Document type: Sale
Year: 1323
Scribe: Guillem Coscoll
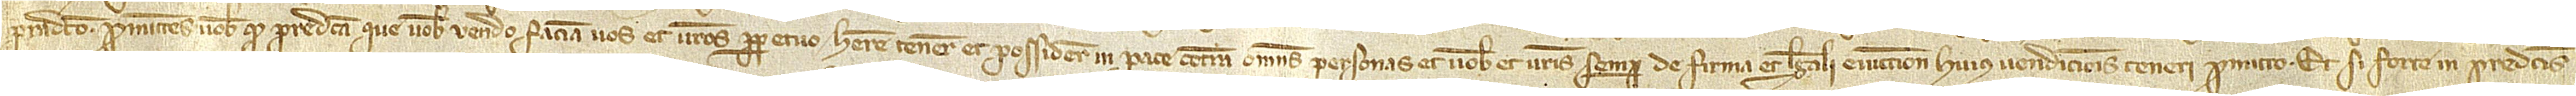
pradicto. Promitens vobis quod predicta que vobis vendo faciam vos et vestros perpetuo habere, tenere et possidere in pace contra omnes personas, et vobis et vestris semper de firma et legali eviccione huius vendicionis teneri promito. Et si forte in predictis